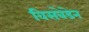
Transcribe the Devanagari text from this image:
विसबेडेन